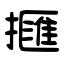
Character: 擓